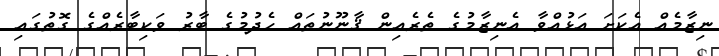
ނިޒާމެއް އެކަށަ އަޅުއްވާ އެނިޒާމުގެ ތެރެއިން ޤާނޫނުތައް ހެދުމުގެ ބާރު ވަކިބާރެއްގެ ގޮތުގައި